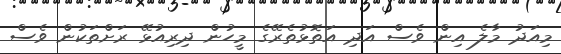
މިއަދު މާލެ އިން ވެސް އަދި އަތޮޅުތެރޭގެ މީހުން ދިރިއުޅޭ ރަށްތަކުން ވެސް